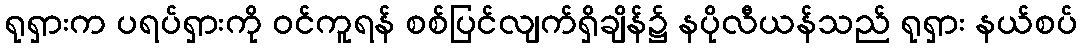
ရုရှားက ပရပ်ရှားကို ဝင်ကူရန် စစ်ပြင်လျက်ရှိချိန်၌ နပိုလီယန်သည် ရုရှား နယ်စပ်